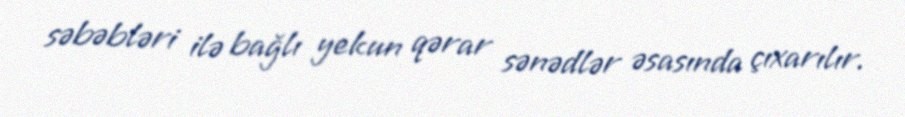
səbəbləri ilə bağlı yekun qərar sənədlər əsasında çıxarılır.